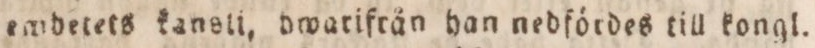
emdetets kanell, dwarifrån han nedfördes till kongl.